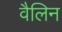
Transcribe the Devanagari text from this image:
वैलिन